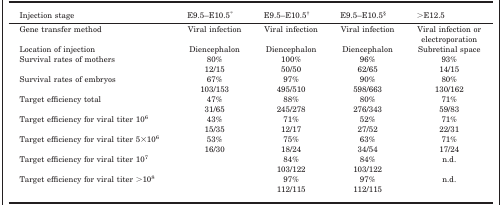
<table><thead><tr><td><b>Injection stage</b></td><td><b>E9.5–E10.5*</b></td><td><b>E9.5–E10.5†</b></td><td><b>E9.5–E10.5§</b></td><td><b>&gt;E12.5</b></td></tr></thead><tbody><tr><td>Gene transfer method</td><td>Viral infection</td><td>Viral infection</td><td>Viral infection</td><td>Viral infection or electroporation</td></tr><tr><td>Location of injection</td><td>Diencephalon</td><td>Diencephalon</td><td>Diencephalon</td><td>Subretinal space</td></tr><tr><td>Survival rates of mothers</td><td>80% 12/15</td><td>100% 50/50</td><td>96% 62/65</td><td>93% 14/15</td></tr><tr><td>Survival rates of embryos</td><td>67% 103/153</td><td>97% 495/510</td><td>90% 598/663</td><td>80% 130/162</td></tr><tr><td>Target efficiency total</td><td>47% 31/65</td><td>88% 245/278</td><td>80% 276/343</td><td>71% 59/83</td></tr><tr><td>Target efficiency for viral titer 10<sup>6</sup></td><td>43% 15/35</td><td>71% 12/17</td><td>52% 27/52</td><td>71% 22/31</td></tr><tr><td>Target efficiency for viral titer 5×10<sup>6</sup></td><td>53% 16/30</td><td>75% 18/24</td><td>63% 34/54</td><td>71% 17/24</td></tr><tr><td>Target efficiency for viral titer 10<sup>7</sup></td><td></td><td>84% 103/122</td><td>84% 103/122</td><td>n.d.</td></tr><tr><td>Target efficiency for viral titer &gt;10<sup>8</sup></td><td></td><td>97% 112/115</td><td>97% 112/115</td><td>n.d.</td></tr></tbody></table>